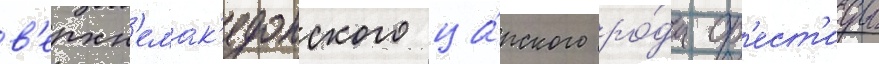
в'ерхн'емак'едонского ца́рского ро́да ор'ест'иды